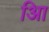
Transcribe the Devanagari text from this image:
आि